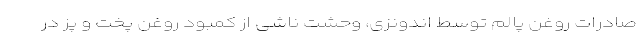
صادرات روغن پالم توسط اندونزی، وحشت ناشی از کمبود روغن پخت و پز در